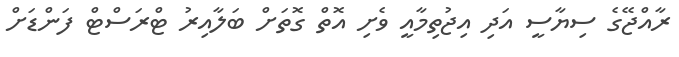
ރާއްޖޭގެ ސިޔާސީ އަދި އިޖުތިމާއީ ވެށި އޮތް ގޮތަށް ބަލާއިރު ޓްރަސްޓް ފަންޑަށް